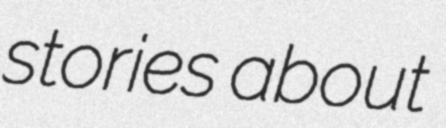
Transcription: stories about